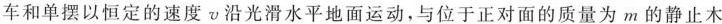
车和单摆以恒定的速度v沿光滑水平地面运动，与位于正对面的质量为m的静止木